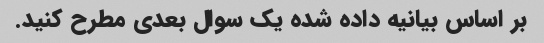
بر اساس بیانیه داده شده یک سوال بعدی مطرح کنید.